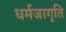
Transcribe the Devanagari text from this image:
धर्मजागृति